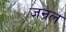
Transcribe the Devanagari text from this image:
जन्रल